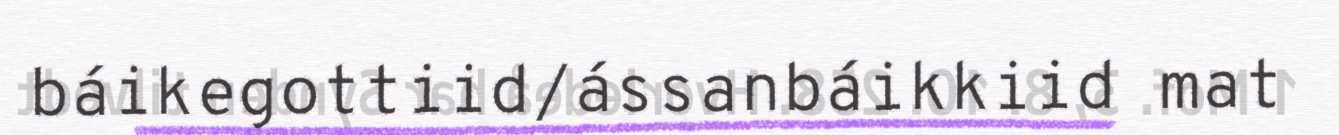
báikegottiid/ássanbáikkiid mat